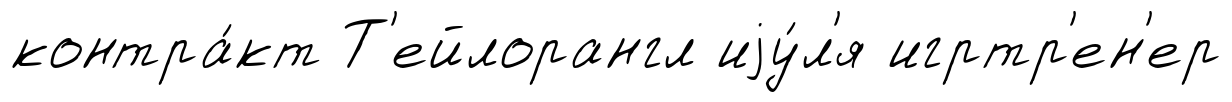
контра́кт Т'ейлорангл иjу́л'я игртр'ен'ер